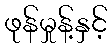
ဖုန်မှုန့်နှင့်